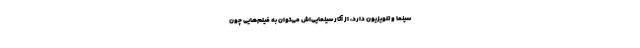
سینما و تلویزیون دارد، از آثار سینمایی‌اش می‌توان به فیلم‌هایی چون